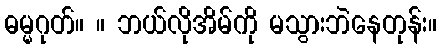
ဓမ္မဂုတ်။ ။ ဘယ်လိုအိမ်ကို မသွားဘဲနေတုန်း။